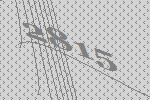
2815